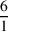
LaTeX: \frac { 6 } { 1 }